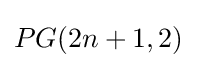
PG(2n+1,2)